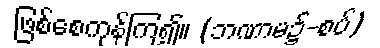
ဖြစ်စေကုန်ကြ၍။ (ဘဏာမ၌-စပ်)